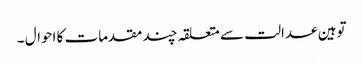
توہین عدالت سے متعلقہ چند مقدمات کا احوال ۔